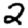
Digit: 2